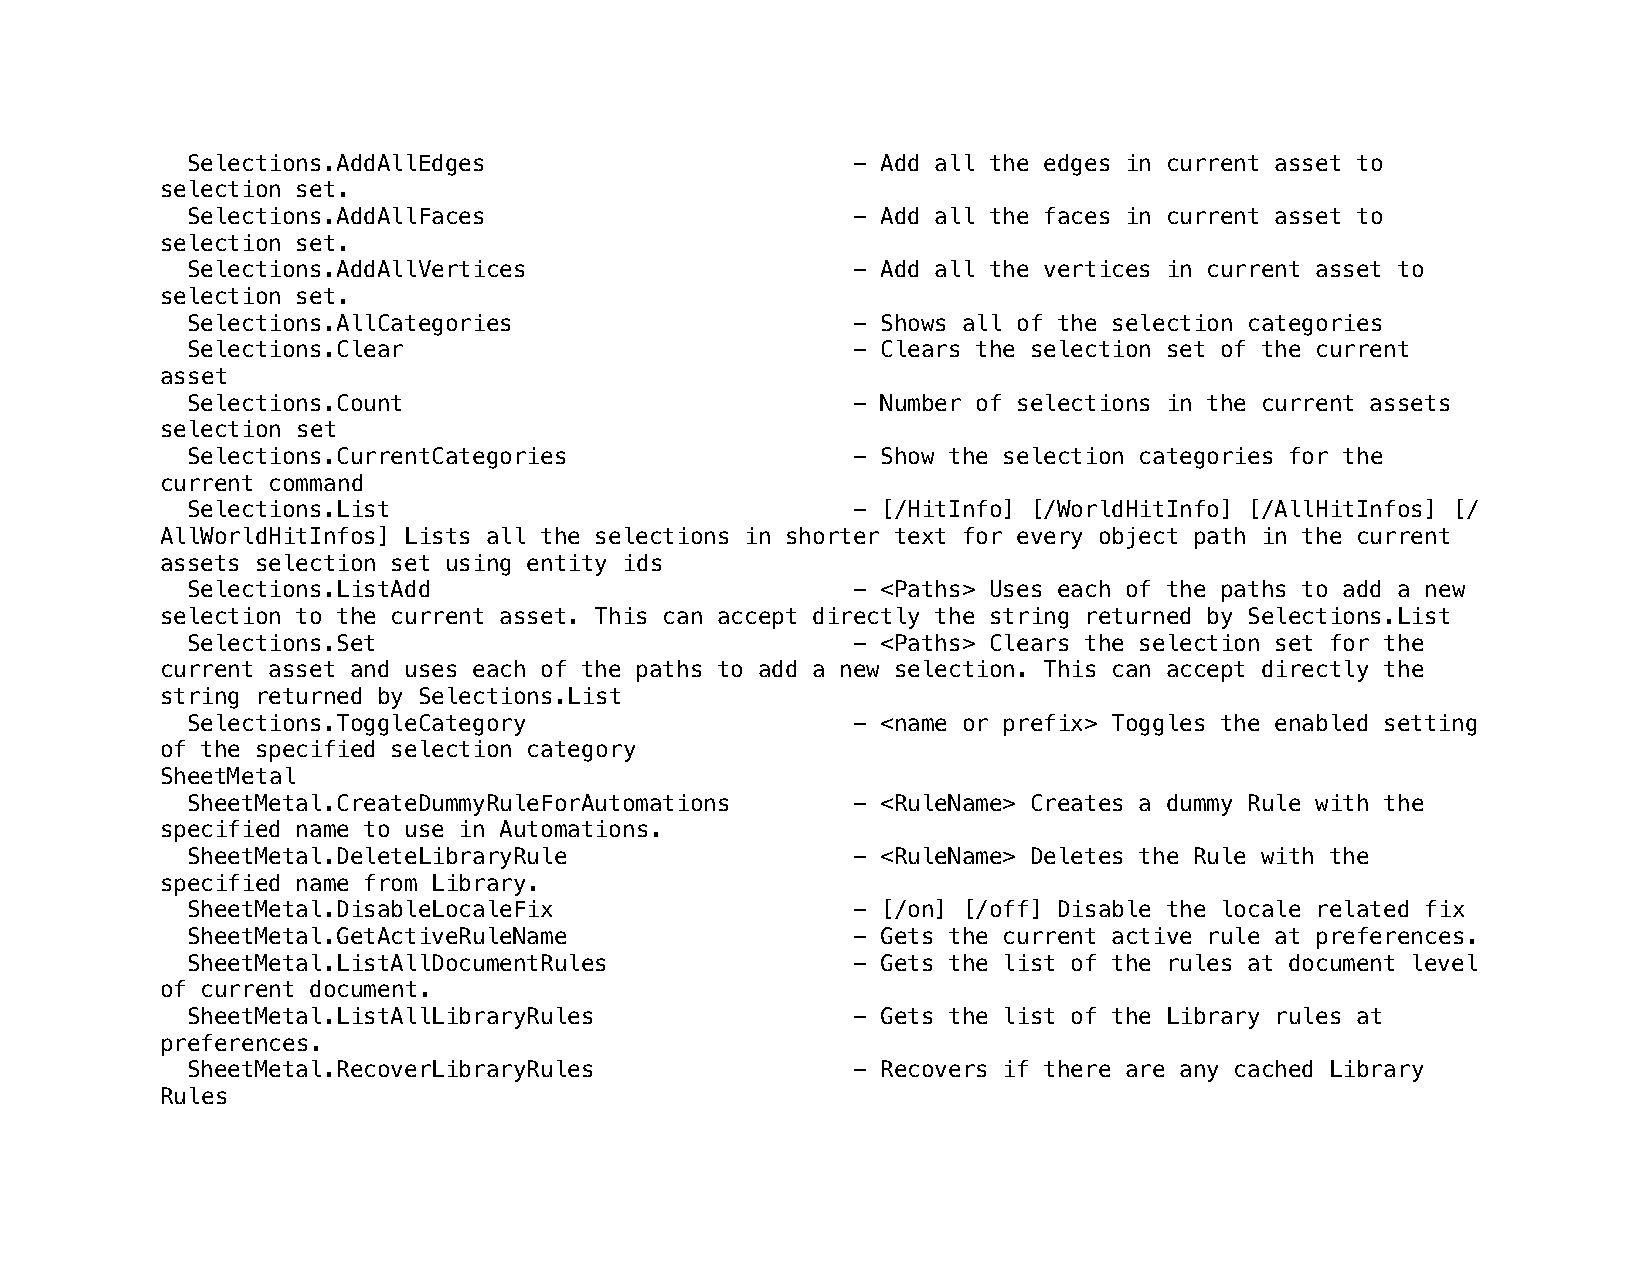
Selections.AddAllEdges                      - Add all the edges in current asset to
 selection set.
 Selections.AddAllFaces                      - Add all the faces in current asset to
 selection set.
 Selections.AddAllVertices                   - Add all the vertices in current asset to
 selection set.
 Selections.AllCategories                    - Shows all of the selection categories
 Selections.Clear                            - Clears the selection set of the current
 asset
 Selections.Count                            - Number of selections in the current assets
 selection set
 Selections.CurrentCategories                - Show the selection categories for the
 current command
 Selections.List                             - [/HitInfo] [/WorldHitInfo] [/AllHitInfos] [/
 AllWorldHitInfos] Lists all the selections in shorter text for every object path in the current
 assets selection set using entity ids
 Selections.ListAdd                          - <Paths> Uses each of the paths to add a new
 selection to the current asset. This can accept directly the string returned by Selections.List
 Selections.Set                              - <Paths> Clears the selection set for the
 current asset and uses each of the paths to add a new selection. This can accept directly the
 string returned by Selections.List
 Selections.ToggleCategory                   - <name or prefix> Toggles the enabled setting
 of the specified selection category
 SheetMetal
 SheetMetal.CreateDummyRuleForAutomations    - <RuleName> Creates a dummy Rule with the
 specified name to use in Automations.
 SheetMetal.DeleteLibraryRule                - <RuleName> Deletes the Rule with the
 specified name from Library.
 SheetMetal.DisableLocaleFix                 - [/on] [/off] Disable the locale related fix
 SheetMetal.GetActiveRuleName                - Gets the current active rule at preferences.
 SheetMetal.ListAllDocumentRules             - Gets the list of the rules at document level
 of current document.
 SheetMetal.ListAllLibraryRules              - Gets the list of the Library rules at
 preferences.
 SheetMetal.RecoverLibraryRules              - Recovers if there are any cached Library
 Rules